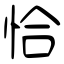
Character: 恰